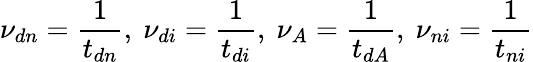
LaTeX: {\nu_{dn}}=\frac 1{t_{dn}},\ {\nu_{di}}=\frac 1{t_{di}},\ {\nu_{A}}=\frac 1{t_{dA}},\ {\nu_{ni}}=\frac 1{t_{ni}}